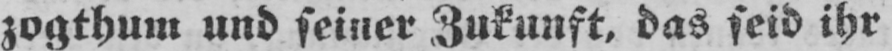
zogthum und seiner Zukunft, das seid ihr